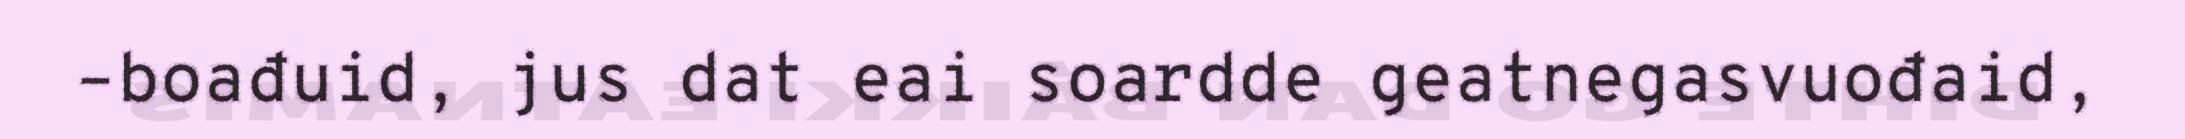
–boađuid, jus dat eai soardde geatnegasvuođaid,